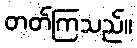
တတ်ကြသည်။